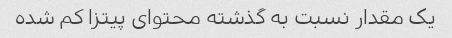
یک مقدار نسبت به گذشته محتوای پیتزا کم شده